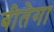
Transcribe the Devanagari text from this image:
बीतेगा